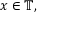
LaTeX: x \in \mathbb { T } ,